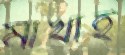
মাখাই